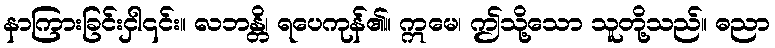
နာကြားခြင်းငှါ၎င်း။ လဘန္တိ၊ ရပေကုန်၏။ ဣမေ၊ ဤသို့သော သူတို့သည်။ ဓညာ